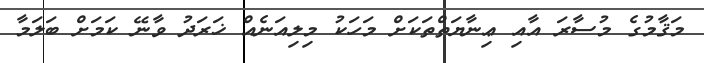
މަޤާމުގެ މުސާރަ އާއި ޢިނާޔަތްތަކަށް މަހަކު މިލިއަނެއް ޚަރަދު ވާނޭ ކަމަށް ބަލަމާ